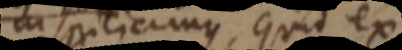
inspiciamus, quid ex